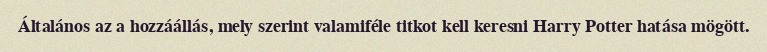
Általános az a hozzáállás, mely szerint valamiféle titkot kell keresni Harry Potter hatása mögött.